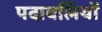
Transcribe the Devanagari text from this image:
पदावलियों